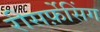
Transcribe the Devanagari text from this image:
रीसर्फ़ेसिंग